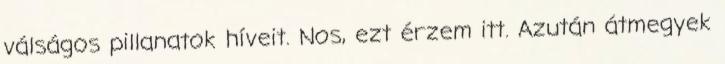
válságos pillanatok híveit. Nos, ezt érzem itt. Azután átmegyek